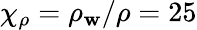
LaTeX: \chi_{\rho}=\rho_{\mathbf{w}}/\rho=25